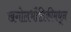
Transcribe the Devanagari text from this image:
खगोलभौतिकीमधून